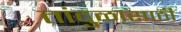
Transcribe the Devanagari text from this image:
तांदुळासाठी